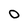
Character: O